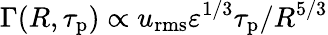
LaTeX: \Gamma(R,\tau_{\mathrm{p}})\propto u_{\mathrm{rms}}\varepsilon^{1/3}\tau_{\mathrm{p}}/R^{5/3}